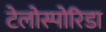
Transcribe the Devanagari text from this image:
टेलोस्पोरिडा